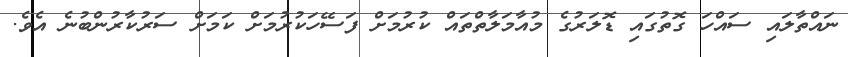
ނައްތާލައި ސައްހަ ގޮތުގައި ޑޮލަރުގެ މުއާމަލާތްތައް ކުރުމަށް ފަސޭހަކުރުމަށް ކަމަށް ސަރުކާރުންބުނެ އެވެ.